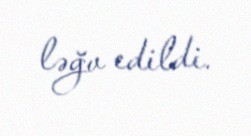
ləğv edildi.